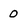
Character: o